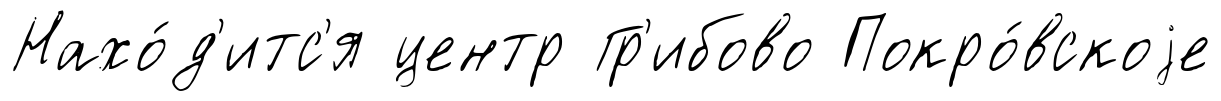
Нахо́д'итс'я центр Гр'ибово Покро́вскоjе